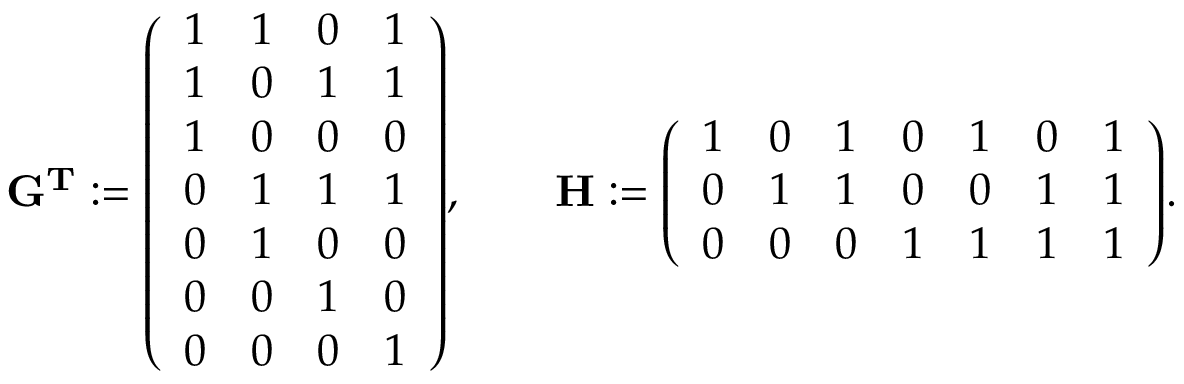
\mathbf { G ^ { T } } : = { \left( \begin{array} { l l l l } { 1 } & { 1 } & { 0 } & { 1 } \\ { 1 } & { 0 } & { 1 } & { 1 } \\ { 1 } & { 0 } & { 0 } & { 0 } \\ { 0 } & { 1 } & { 1 } & { 1 } \\ { 0 } & { 1 } & { 0 } & { 0 } \\ { 0 } & { 0 } & { 1 } & { 0 } \\ { 0 } & { 0 } & { 0 } & { 1 } \end{array} \right) } , \qquad \mathbf { H } : = { \left( \begin{array} { l l l l l l l } { 1 } & { 0 } & { 1 } & { 0 } & { 1 } & { 0 } & { 1 } \\ { 0 } & { 1 } & { 1 } & { 0 } & { 0 } & { 1 } & { 1 } \\ { 0 } & { 0 } & { 0 } & { 1 } & { 1 } & { 1 } & { 1 } \end{array} \right) } .